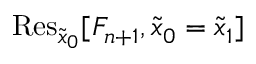
\mathrm { R e s } _ { \tilde { x } _ { 0 } } [ F _ { n + 1 } , \tilde { x } _ { 0 } = \tilde { x } _ { 1 } ]